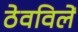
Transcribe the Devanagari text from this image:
ठेवविलें